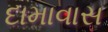
દામાવાસ